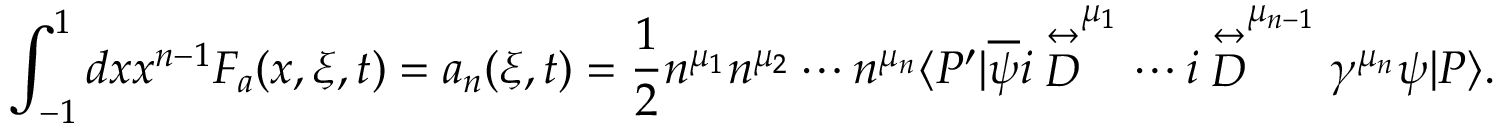
\int _ { - 1 } ^ { 1 } d x x ^ { n - 1 } F _ { a } ( x , \xi , t ) = a _ { n } ( \xi , t ) = { \frac { 1 } { 2 } } n ^ { \mu _ { 1 } } n ^ { \mu _ { 2 } } \cdots n ^ { \mu _ { n } } \langle P ^ { \prime } | \overline { { \psi } } i \stackrel { \leftrightarrow } { D } ^ { \mu _ { 1 } } \cdots i \stackrel { \leftrightarrow } { D } ^ { \mu _ { n - 1 } } \gamma ^ { \mu _ { n } } \psi | P \rangle .